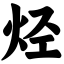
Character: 烃